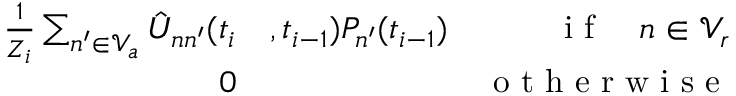
\begin{array} { r l r } { \frac { 1 } { Z _ { i } } \sum _ { n ^ { \prime } \in \mathcal { V } _ { a } } \hat { U } _ { n n ^ { \prime } } ( t _ { i } } & { { } , t _ { i - 1 } ) P _ { n ^ { \prime } } ( t _ { i - 1 } ) } & { \mathrm { ~ i ~ f ~ } \quad n \in \mathcal { V } _ { r } } \\ { 0 } & { { } } & { \mathrm { ~ o ~ t ~ h ~ e ~ r ~ w ~ i ~ s ~ e ~ } } \end{array}